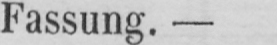
Fassung. -